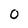
Character: 0